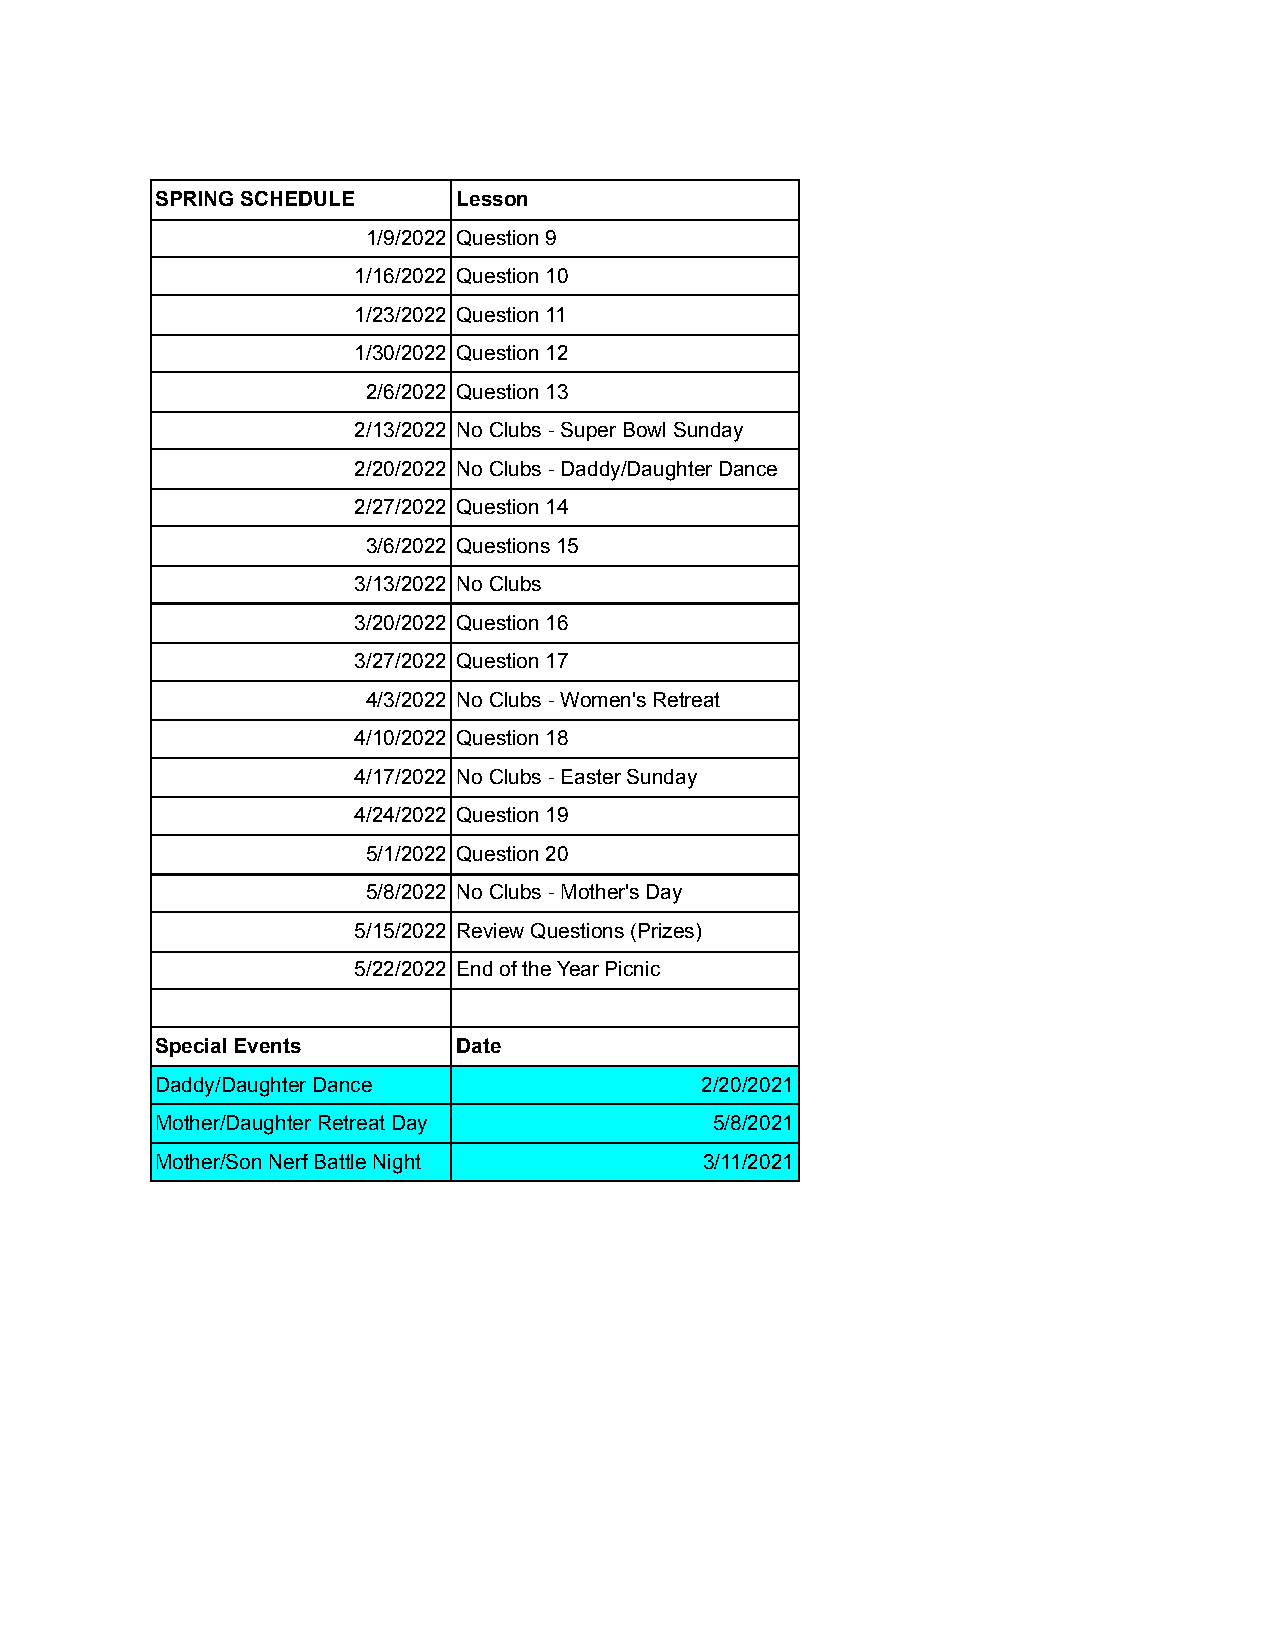
SPRING SCHEDULE     Lesson
 1/9/2022 Question 9
 1/16/2022 Question 10
 1/23/2022 Question 11
 1/30/2022 Question 12
 2/6/2022 Question 13
 2/13/2022 No Clubs - Super Bowl Sunday
 2/20/2022 No Clubs - Daddy/Daughter Dance
 2/27/2022 Question 14
 3/6/2022 Questions 15
 3/13/2022 No Clubs
 3/20/2022 Question 16
 3/27/2022 Question 17
 4/3/2022 No Clubs - Women's Retreat
 4/10/2022 Question 18
 4/17/2022 No Clubs - Easter Sunday
 4/24/2022 Question 19
 5/1/2022 Question 20
 5/8/2022 No Clubs - Mother's Day
 5/15/2022 Review Questions (Prizes)
 5/22/2022 End of the Year Picnic
 Special Events      Date
 Daddy/Daughter Dance                2/20/2021
 Mother/Daughter Retreat Day          5/8/2021
 Mother/Son Nerf Battle Night         3/11/2021